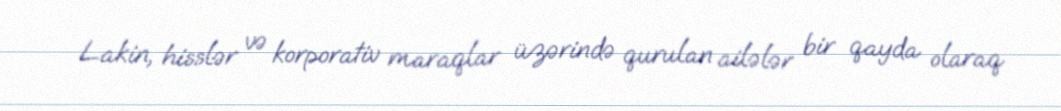
Lakin, hisslər və korporativ maraqlar üzərində qurulan ailələr bir qayda olaraq